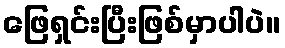
ဖြေရှင်းပြီးဖြစ်မှာပါပဲ။